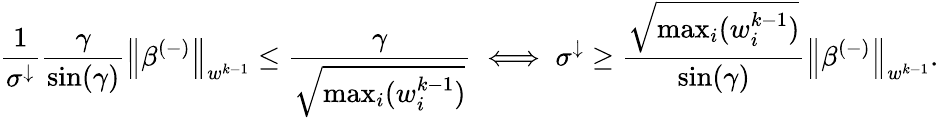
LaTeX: \frac{1}{\sigma^{\downarrow}}\frac{\gamma}{\sin(\gamma)}\left\lVert\beta^{(-)}\right\rVert_{w^{k-1}}\leq\frac{\gamma}{\sqrt{\operatorname*{max}_{i}(w_{i}^{k-1})}}\iff\sigma^{\downarrow}\geq\frac{\sqrt{\operatorname*{max}_{i}(w_{i}^{k-1})}}{\sin(\gamma)}\left\lVert\beta^{(-)}\right\rVert_{w^{k-1}}.